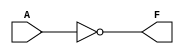
module INV (A, F);
	input A;
	output F;
	assign F = ~A;
endmodule